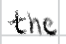
Text: the
Cross-out: clean
Writing tool: digital_black